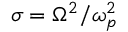
\sigma = \Omega ^ { 2 } / \omega _ { p } ^ { 2 }